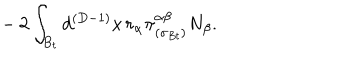
LaTeX: ~ ~ ~ - 2 \int _ { B _ { t } } d ^ { ( D - 1 ) } x \, r _ { \alpha } \pi _ { ( \sigma _ { B t } ) } ^ { \alpha \beta } N _ { \beta } .